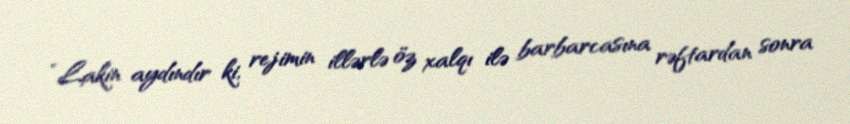
“Lakin aydındır ki, rejimin illərlə öz xalqı ilə barbarcasına rəftardan sonra